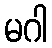
မဂါ